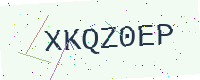
Text: XKQZ0EP